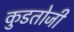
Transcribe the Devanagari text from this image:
कुडतोजी